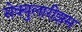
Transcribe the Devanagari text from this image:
सेक्युलारीझम